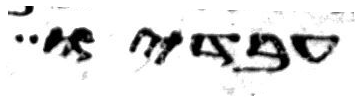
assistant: עבדיו